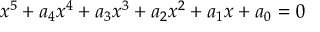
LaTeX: x ^ { 5 } + a _ { 4 } x ^ { 4 } + a _ { 3 } x ^ { 3 } + a _ { 2 } x ^ { 2 } + a _ { 1 } x + a _ { 0 } = 0